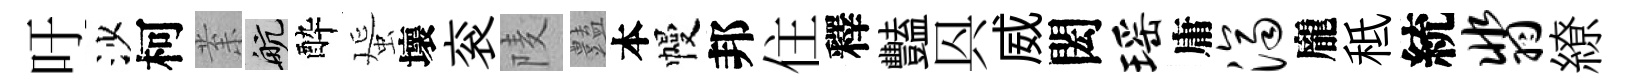
吁沙柯𭪙航酔蜑壞衮𨹧𧰟本幔邦住釋豔㒷威閎瑶庸济龐秪統翡繚